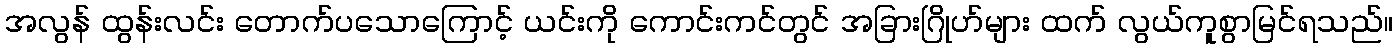
အလွန် ထွန်းလင်း တောက်ပသောကြောင့် ယင်းကို ကောင်းကင်တွင် အခြားဂြိုဟ်များ ထက် လွယ်ကူစွာမြင်ရသည်။